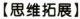
【思维拓展】